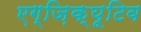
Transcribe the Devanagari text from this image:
एग्ज़िक्यूटिव